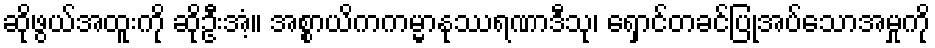
ဆိုဖွယ်အထူးကို ဆိုဦးအံ့။ အစ္စာယိကကမ္မာနုဿရဏာဒီသု၊ ရှောင်တခင်ပြုအပ်သောအမှုကို